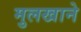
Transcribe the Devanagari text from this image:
मुलखाने